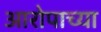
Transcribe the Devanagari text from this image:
आरोपाच्या